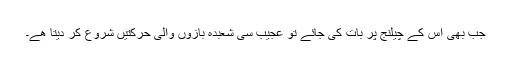
جب بھی اس کے چیلنج پر بات کی جائے تو عجیب سی شعبدہ بازوں والی حرکتیں شروع کر دیتا ھے۔